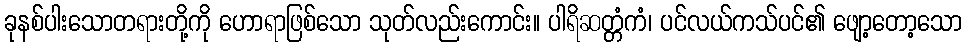
ခုနစ်ပါးသောတရားတို့ကို ဟောရာဖြစ်သော သုတ်လည်းကောင်း။ ပါရိဆတ္တံကံ၊ ပင်လယ်ကသ်ပင်၏ ဖျော့တော့သော